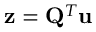
\mathbf { z } = \mathbf { Q } ^ { T } \mathbf { u }